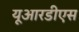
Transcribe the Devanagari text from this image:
यूआरडीएस